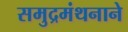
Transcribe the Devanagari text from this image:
समुद्रमंथनाने